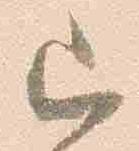
巳